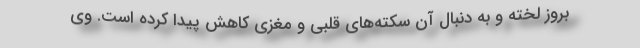
بروز لخته و به دنبال آن سکته‌های قلبی و مغزی کاهش پیدا کرده است. وی